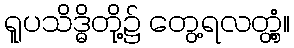
ရူပသိဒ္ဓိတို့၌ တွေ့ရလတ္တံ့။